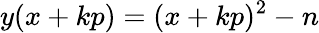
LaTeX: y(x+kp)=(x+kp)^{2}-n